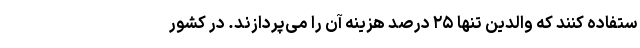
ستفاده کنند که والدین تنها ۲۵ درصد هزینه آن را می‌پردازند. در کشور